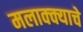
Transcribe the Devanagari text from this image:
मलाक्क्याचे